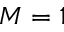
M = 1